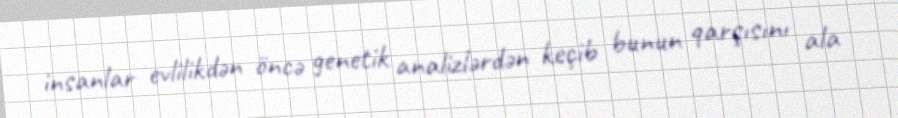
insanlar evlilikdən öncə genetik analizlərdən keçib bunun qarşısını ala